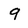
Character: 9